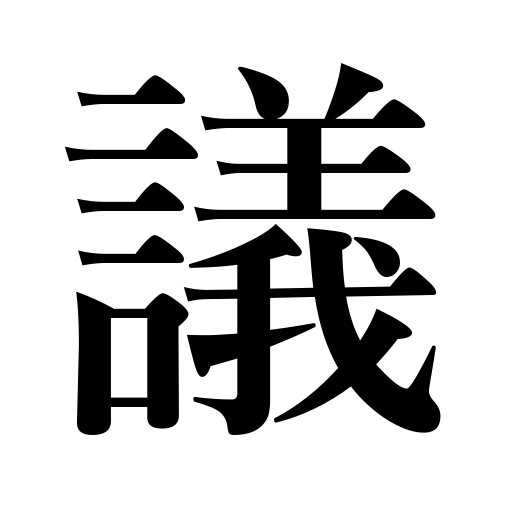
Meanings: deliberation,consideration,debate,suggestion,consultation,proposal